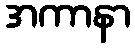
အကာနာ